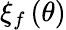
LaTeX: \xi_{f}\left(\theta\right)